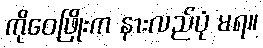
ကိုဝေဖြိုးက နားလည်ပုံ မရ။